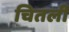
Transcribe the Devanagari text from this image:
चितली